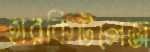
হারকিউলেজ